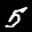
Label: 5